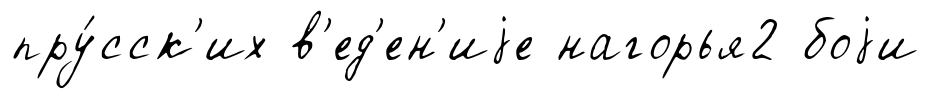
пру́сск'их в'ед'ен'иjе нагорья2 боjи